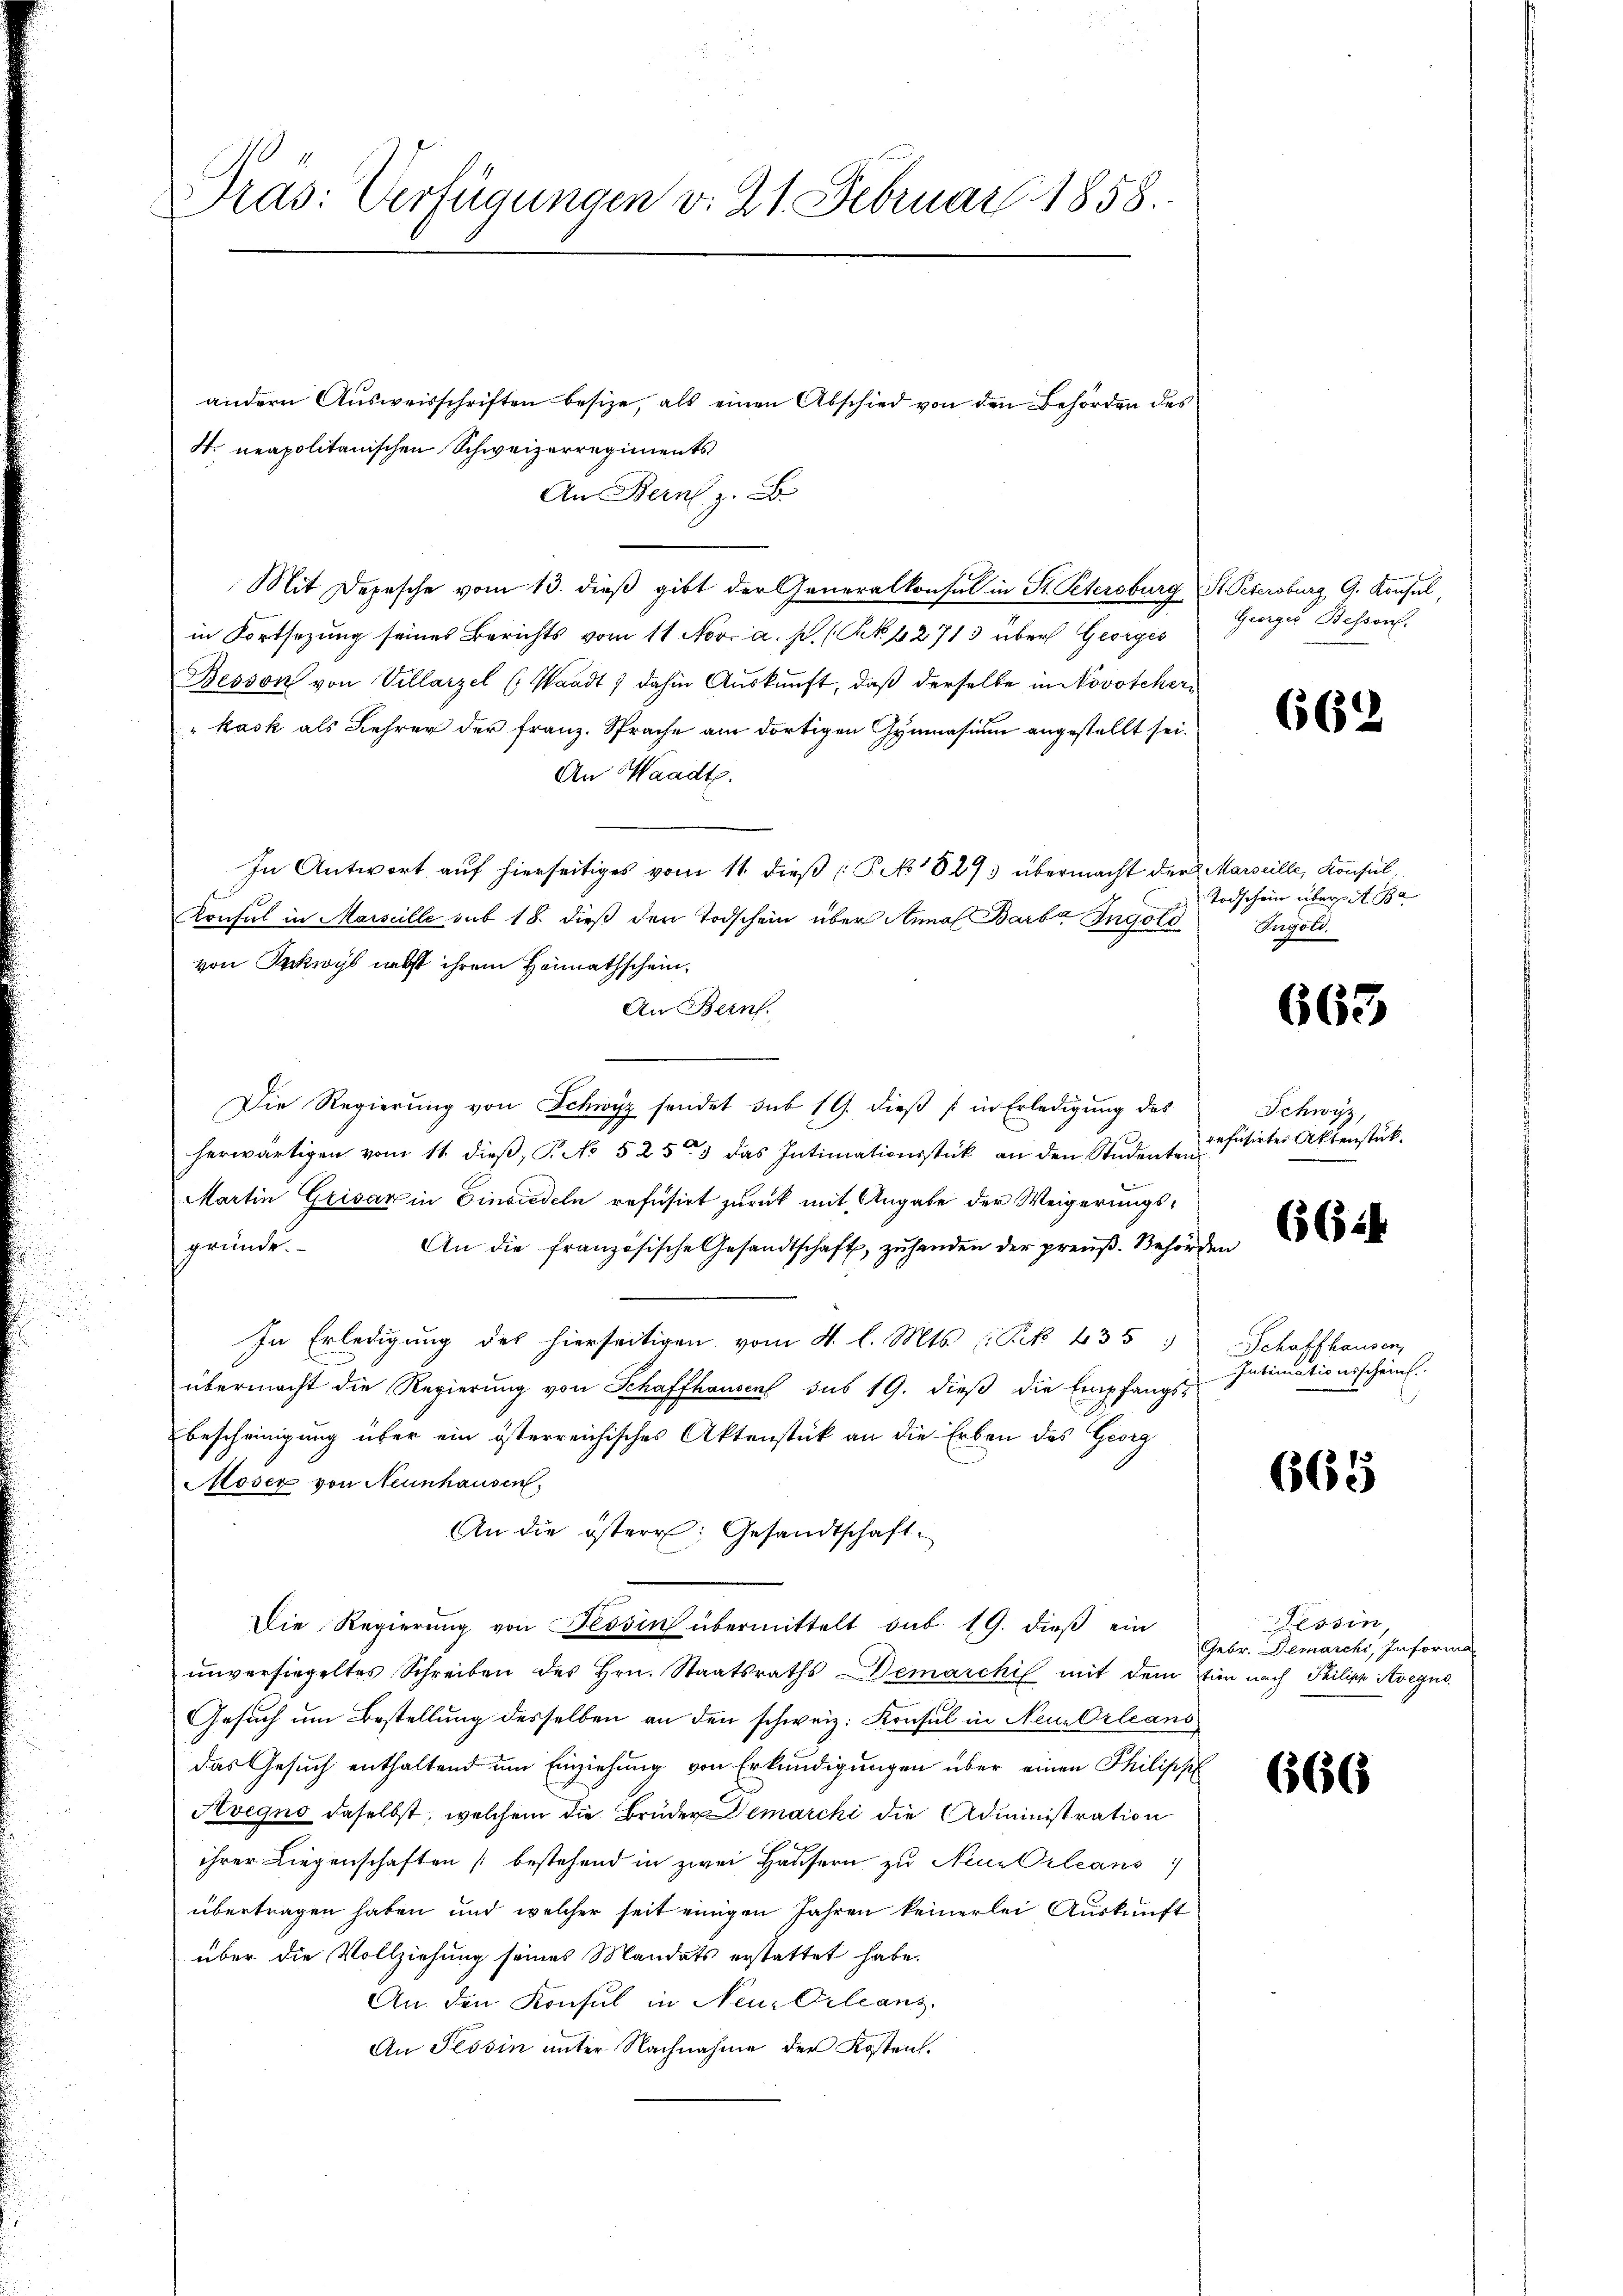
Präs: Verfügungen v. 21. Februar 1858.
andern Ausweisschriften besize, als einen Abschied von den Behörden des
N. neapolitanischen Schweizerregiments

An Bern z. B.
Mit Depesche vom 13. dieβ gibt der Generalkonsul in St. Petersburg, St. Petersburg G. Konsul,
in Fortsezung seines Berichts vom 11 Nov. a. p. (Ak 42713 über Georges
Besson von Villarzel (Waadt, dahin Aŭskŭnft, daß derselbe in Novotcher,
"kask als Lehrer der Franz. Sprache am dortigen Gymnasium angestellt sei.
An Waadt.
In Antwort auf hierseitiges vom 11. dieß (P. No. 1823 übermacht der Marseille, Konsul
Konsul in Marseille sub 18. dieß den Todschein über Anna Barba Ingold
von Inkwyb nebst ihrem Heimathschein¬
An Bern.
Die Regierung von Schwyz sendet sub 19. dieß (in Erledigung des
herwärtigen vom 11. dieβ, P. No 5253 das Intimationsstück an den Studenten
Martin Grisar in Einsiedeln refusirt zurück mit Angabe der Weigerungsgründe.
An die französische Gesandtschaft, zu handen der preuß. Behörden
In Erledigung des hierseitigen vom 4. l. Mts. (Frk. 435
übermacht die Regierŭng von Schaffhausen sub 19. dieβ die Empfangs-
bescheinigung über ein österreichisches Aktenstück an die Erben des Georg
Moser von Neunhausen,
An die öster: Gesandtschaft.
Die Regierŭng von Tessin übermittelt sub. 19. dieβ ein
unversiegeltes Schreiben des Hrn. Staatsraths Demarchil mit dem Ein nach Philipp Avegno
Gesuch um Bestellung desselben an den schweiz. Konsul in Neu-Orleans
das Gesuch enthaltend um Einziehung von Erkundigungen über einen Philippf
Avegno daselbst, welchem die Brüder Demarchi die Administration
ihrer Liegenschaften (bestehend in zwei Häusern zu Neue Orleans
übertragen haben und welcher seit einigen Jahren keinerlei Auskunft
über die Vollziehung seines Mandats erstattet habe.
An den Konsul in Neu Orleans
An Tessin unter Nachnahme der Kosten.

Georger Bessen.

662

Todschein übereit 132
Angold.

665

Schwyz,
refusirten Aktenstück.

662

Schaffhausen,
Intimationsscheins.

665

Tessin,
Gebr. Demarchi, Informa

(66